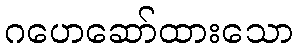
ဂဟေဆော်ထားသော